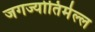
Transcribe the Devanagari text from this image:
जगज्योतिर्मल्ल